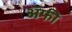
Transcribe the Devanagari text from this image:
अॅफी